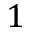
1